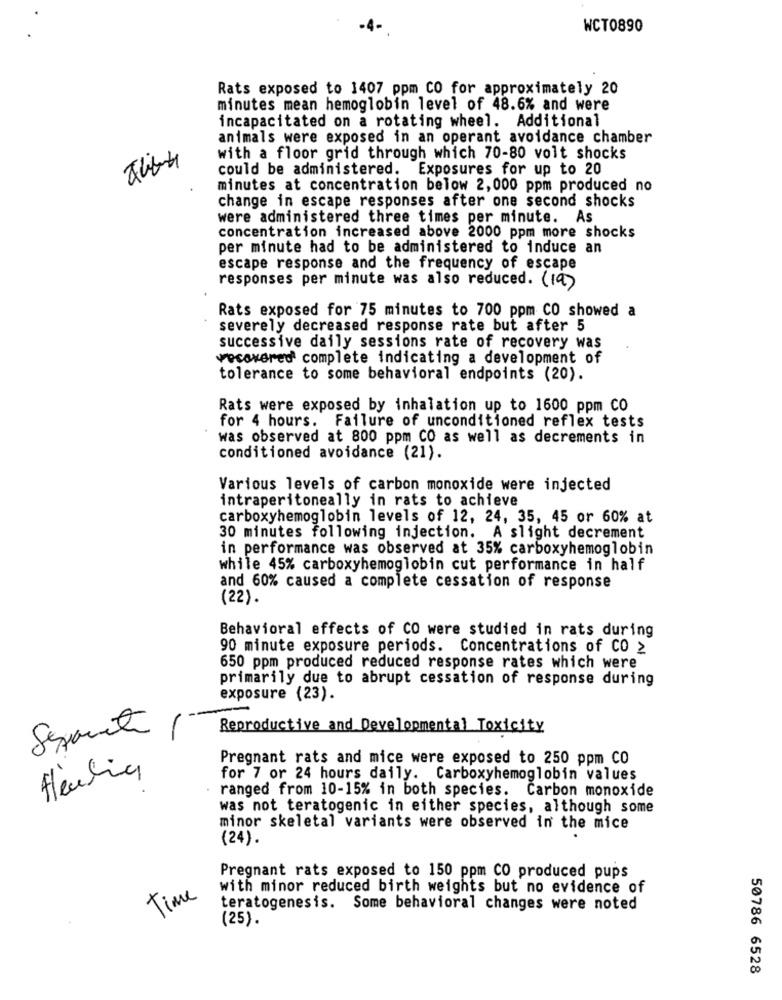
-4-
WCT0890
Rats exposed to 1407 ppm CO for approximately 20
minutes mean hemoglobin level of 48.6% and were
incapacitated on a rotating wheel. Additional
animals were exposed in an operant avoidance chamber
with a floor grid through which 70-80 volt shocks
could be administered. Exposures for up to 20
minutes at concentration below 2,000 ppm produced no
change in escape responses after one second shocks
were administered three times per minute. As
concentration increased above 2000 ppm more shocks
per minute had to be administered to induce an
escape response and the frequency of escape
responses per minute was also reduced. (19)
Rats exposed for 75 minutes to 700 ppm CO showed a
severely decreased response rate but after 5
successive daily sessions rate of recovery was
recovered complete indicating a development of
tolerance to some behavioral endpoints (20).
Rats were exposed by inhalation up to 1600 ppm CO
for 4 hours. Failure of unconditioned reflex tests
was observed at 800 ppm CO as well as decrements in
conditioned avoidance (21).
Various levels of carbon monoxide were injected
intraperitoneally in rats to achieve
carboxyhemoglobin levels of 12, 24, 35, 45 or 60% at
30 minutes following injection. A slight decrement
in performance was observed at 35% carboxyhemoglobin
while 45% carboxyhemoglobin cut performance in half
and 60% caused a complete cessation of response
(22).
Behavioral effects of CO were studied in rats during
90 minute exposure periods. Concentrations of CO ≥
650 ppm produced reduced response rates which were
primarily due to abrupt cessation of response during
exposure (23).
Sepointe
Reproductive and Developmental Toxicity
Pregnant rats and mice were exposed to 250 ppm CO
Heulie
for 7 or 24 hours daily. Carboxyhemoglobin values
ranged from 10-15% in both species. Carbon monoxide
was not teratogenic in either species, although some
minor skeletal variants were observed in the mice
(24).
Pregnant rats exposed to 150 ppm CO produced pups
with minor reduced birth weights but no evidence of
Time
teratogenesis. Some behavioral changes were noted
(25).
50786 6528